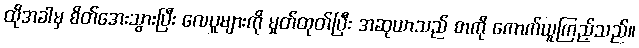
ထိုအခါမှ စိတ်အေးသွားပြီး လေပူများကို မှုတ်ထုတ်ပြီး အဆုယာသည် စာကို ကောက်ယူကြည့်သည်။